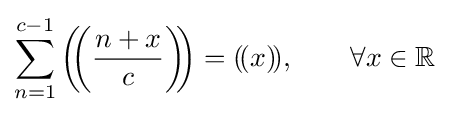
\sum _{n=1}^{c-1}\left(\!\!\left({\frac {n+x}{c}}\right)\!\!\right)=(\!(x)\!),\qquad \forall x\in \mathbb {R}